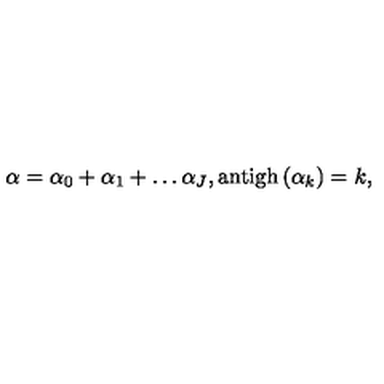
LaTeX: \alpha = \alpha _ { 0 } + \alpha _ { 1 } + \ldots \alpha _ { J } , \mathrm { a n t i g h } \left( \alpha _ { k } \right) = k ,